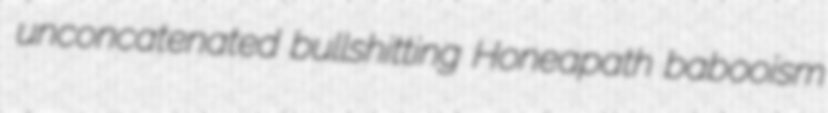
unconcatenated bullshitting Honeapath babooism